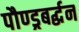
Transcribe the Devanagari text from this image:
पौण्ड्रबर्द्धन